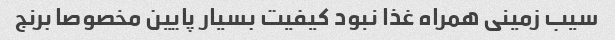
سیب زمینی همراه غذا نبود کیفیت بسیار پایین مخصوصا برنج